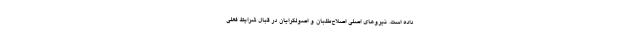
داده است. نیروهای اصلی اصلاح‌طلبان و اصولگرایان در قبال شرایط فعلی